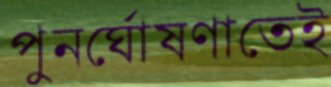
পুনর্ঘোষণাতেই